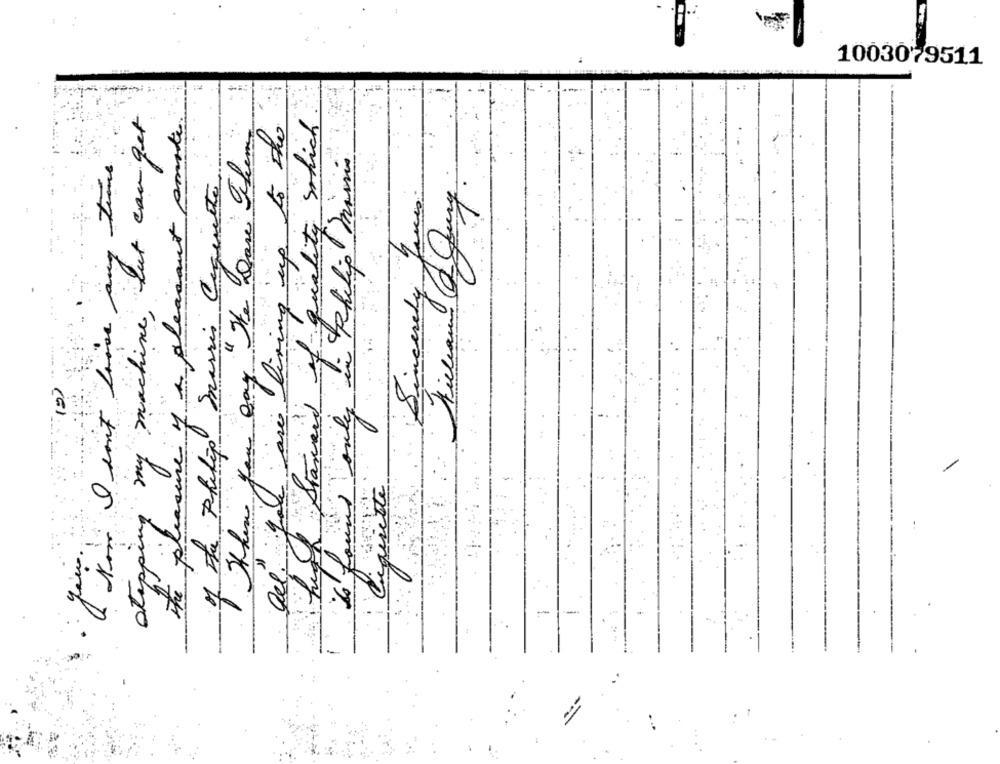
1003079511
stepping my machine , but can get
of quality which
ing up to the
one y a pleasant pour
1. Philip miss
twe
" The gave The
of the Philip Inarris Coquette.
are living in?
3
Sincerely
I how I don't have
high Staneed of
mily in
10)
Is found on
Ciquette
-
--